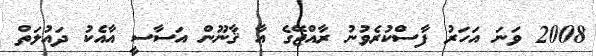
2008 ވަނަ އަހަރު ފާސްކުރެވުނު ރާއްޖޭގެ އާ ޤާނޫން އަސާސީ އާއެކު ދައުލަތް